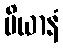
ပိယာနံ